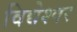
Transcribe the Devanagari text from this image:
विद्येश्वर